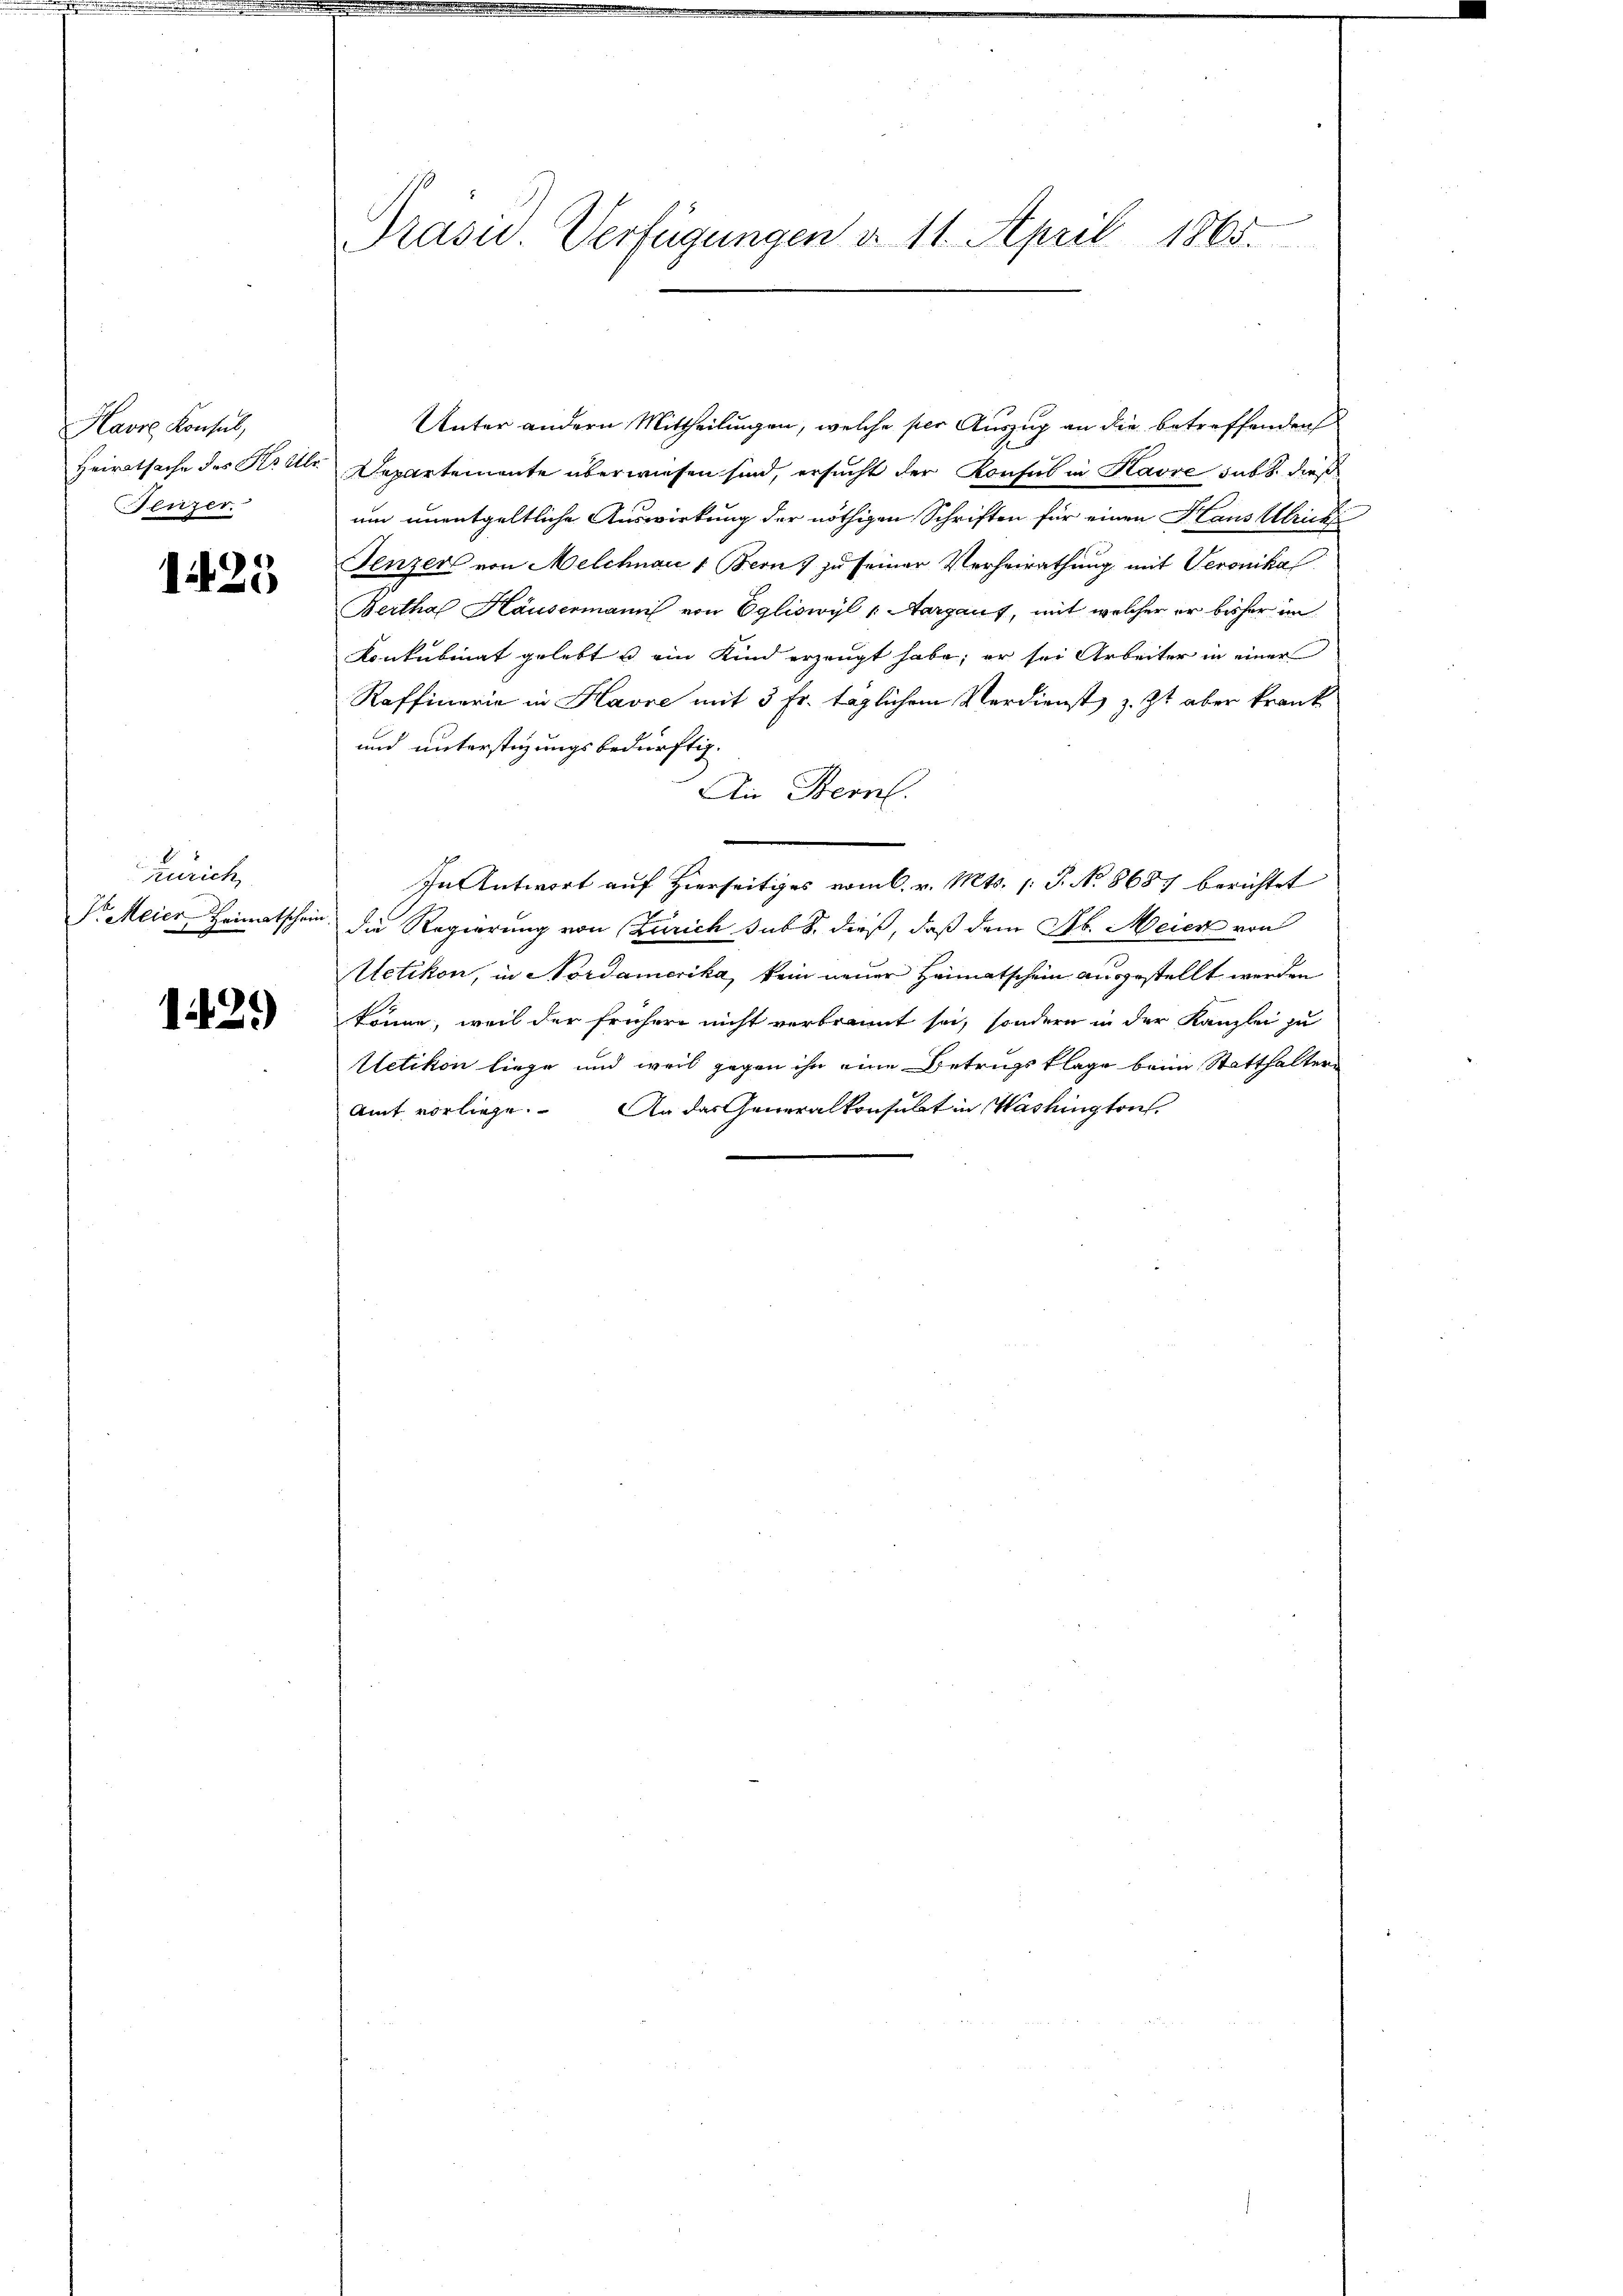
Havre Konsul,
Heiratsache des Kts. Ulr.
enzer

125

zurich
Pr. Meier, Heimatschein

1439)

Präsid.. Verfügungen d. 11. April 1865.

Unter andern Mittheilungen, welche per Auszug an die betreffenden
Departemente überwiesen sind, ersucht der Konsul in Havre subt. dies
um unentgeltliche Auswirkung der nöthigen Schriften für einen Haus Ulrich
Jenzer von Melchnau 1. Bern zu seiner Verheirathung mit Veronikal
Bertha Häusermann von Egliswyl 1 Aargauf, mit welcher er bisher im
Konkubinat gelebt u. ein Kind erzeugt habe; er sei Arbeiter in einer
Raffinarie in Havre mit 3 Fr. täglichem Verdienst z. Zt. aber krank
und unterstigungsbedürftig.
An Stern.
In Antwort auf Hierseitiges vom 6. v. Mts. 1. P. N. 8687 berichtet
die Regierung von Zürich sub 8. dieß, daß dem Jb. Meier von
Uetikon, in Nordamerika, kein neuer Heimatschein ausgestellt werden
könne, weil der frühere nicht verbrannt sei, sondern in der Kanzlei zu
Uetikon liege und weil gegen ihn eine Betrugsklage beim Statthalter¬
Amt vorliege. An das Generalkonsubt in Washington